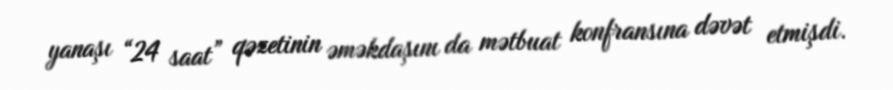
yanaşı “24 saat” qəzetinin əməkdaşını da mətbuat konfransına dəvət etmişdi.